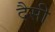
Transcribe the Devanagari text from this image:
दैसी